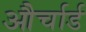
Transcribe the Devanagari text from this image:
और्चार्ड